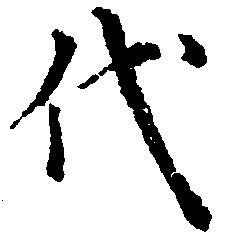
代